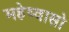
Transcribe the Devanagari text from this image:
महेष्वासो